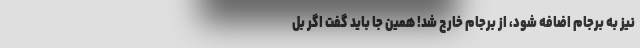
نیز به برجام اضافه شود، از برجام خارج شد! همین جا باید گفت اگر بل